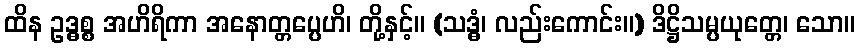
ထိန ဥဒ္ဓစ္စ အဟိရိကာ အနောတ္တပ္ပေဟိ၊ တို့နှင့်။ (သဒ္ဓံ၊ လည်းကောင်း။) ဒိဋ္ဌိသမ္ပယုတ္တေ၊ သော။